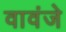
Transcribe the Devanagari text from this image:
वावंजे